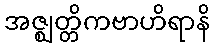
အဇ္ဈတ္တိကဗာဟိရာနိ